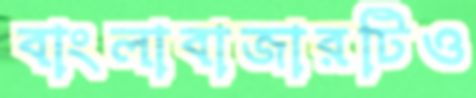
বাংলাবাজারটিও